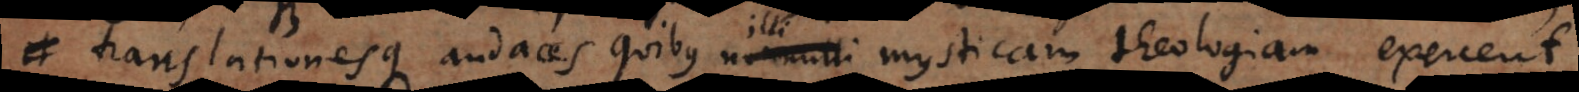
translationesque audaces quibus nonnulli mysticam theologiam exercent,